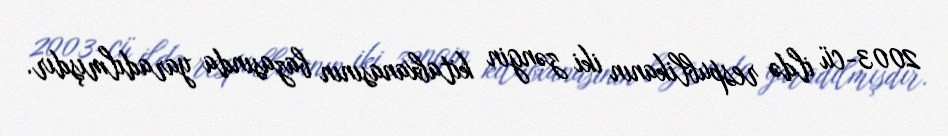
2003-cü ildə respublikanın iki zəngin kitabxanasının bazasında yaradılmışdır.